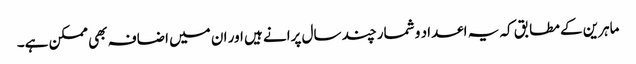
ماہرین کے مطابق کہ یہ اعداد و شمار چند سال پرانے ہیں اور ان میں اضافہ بھی ممکن ہے۔